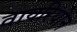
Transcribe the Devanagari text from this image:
वायरियोन